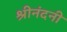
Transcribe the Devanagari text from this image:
श्रीनंदनी